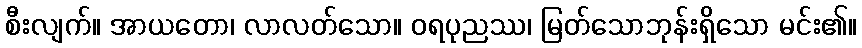
စီးလျက်။ အာယတော၊ လာလတ်သော။ ဝရပုညဿ၊ မြတ်သောဘုန်းရှိသော မင်း၏။